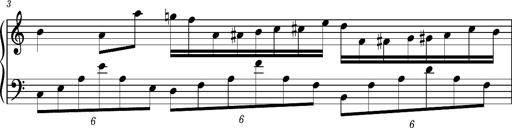
Title: Notturno
Composer: Lucas Trevizan